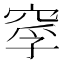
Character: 𥦘